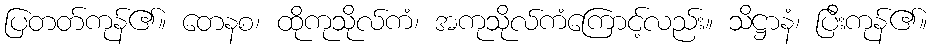
ပြတတ်ကုန်၏။ တေနစ၊ ထိုကုသိုလ်ကံ၊ အကုသိုလ်ကံကြောင့်လည်း။ သိဋ္ဌာနံ၊ ပြီးကုန်၏။